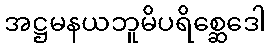
အဋ္ဌမနယဘူမိပရိစ္ဆေဒေါ